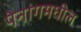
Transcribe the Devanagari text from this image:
पेनांगमधील